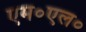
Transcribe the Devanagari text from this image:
एम०एल०